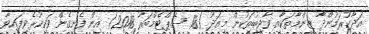
އަދާކުރަމުންދާ ޒިންމާތަކާއި ވާޖިބުތަކުން މިއަދު (18 ސެޕްޓެމްބަރު 2018) އިން ފެށިގެން ވަކިކުރެވިފައިވާ